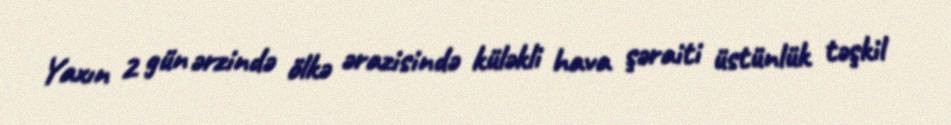
Yaxın 2 gün ərzində ölkə ərazisində küləkli hava şəraiti üstünlük təşkil